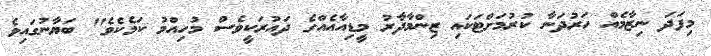
މިފަދަ ނިޒާމެއް ހަރުދަނާ ކުރުމަށްޓަކައި ޒިންމާދާރު މީޑިއާއެއްގެ ދައުރަކީވެސް މުހިއްމު ކަމެކެވެ" ބަޔާނުގައިވެ